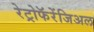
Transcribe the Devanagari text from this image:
रेट्रोफॅरेंजिअल